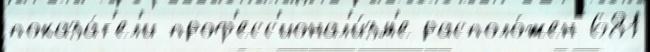
показа́т'ел'и проф'есс'ионал'и́зм'е располо́жен 681